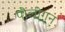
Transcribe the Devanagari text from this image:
पौलीगन